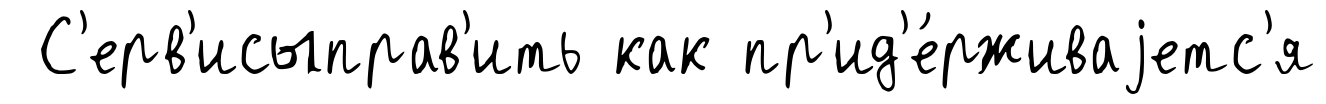
С'ерв'исыправ'ить как пр'ид'е́рживаjетс'я